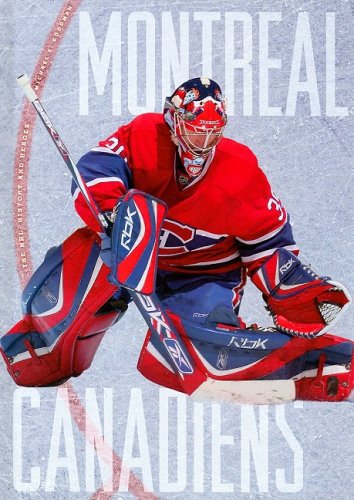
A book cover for Montreal Canadiens (The NHL: History and Heros); Michael E. Goodman; Children's Books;